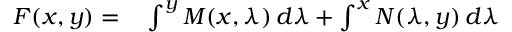
\begin{array} { r l } { F ( x , y ) = } & { { } \int ^ { y } M ( x , \lambda ) \, d \lambda + \int ^ { x } N ( \lambda , y ) \, d \lambda } \end{array}